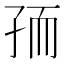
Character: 𰌧